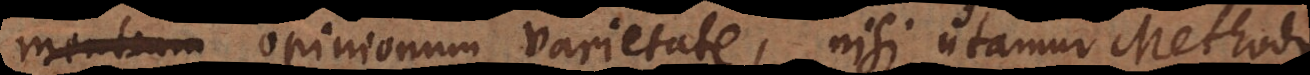
opinionum varietate, nisi utamur Methodo